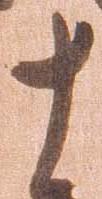
十